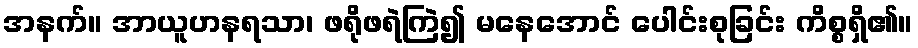
အနက်။ အာယူဟနရသာ၊ ဖရိုဖရဲကြဲ၍ မနေအောင် ပေါင်းစုခြင်း ကိစ္စရှိ၏။